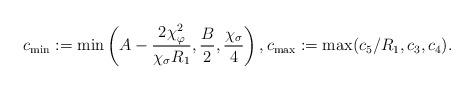
LaTeX: \begin{align*}c_{\min} := \min \left ( A - \frac{2 \chi_{\varphi}^{2}}{\chi_{\sigma}R_{1}} , \frac{B}{2},\frac{\chi_{\sigma}}{4} \right ), c_{\max} := \max (c_{5}/ R_{1}, c_{3}, c_{4} ).\end{align*}